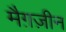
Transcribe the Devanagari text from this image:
मैग़ज़ीन